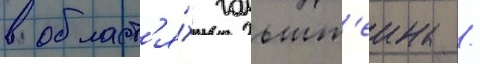
в област'я́х гольшт'еина /